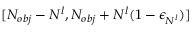
[ N _ { o b j } - N ^ { l } , N _ { o b j } + N ^ { l } ( 1 - \epsilon _ { N ^ { l } } ) ]